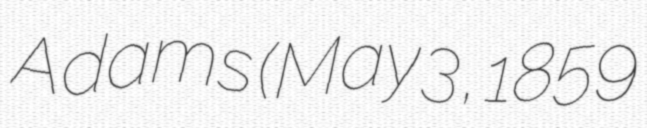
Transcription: Adams (May 3, 1859